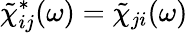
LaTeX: \tilde{\chi}_{ij}^{*}(\omega)=\tilde{\chi}_{ji}(\omega)